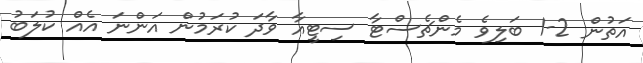
އަތުން 2-1 ބަލިވެ މެންޗެސްޓާ ސިޓީއާ ވާދަ ކުރަމުން އަންނަ އެއް ކުލަބު